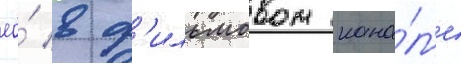
ео́ в ф'ильмовом кана́л'е